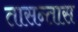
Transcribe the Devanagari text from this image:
तासन्तास